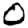
Digit: 0